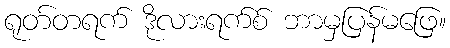
ရုတ်တရက် ဒိုလားရက်စ် ဘာမှပြန်မဖြေ။